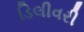
ડિલીવરી